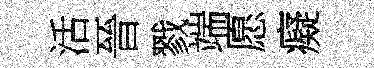
活晉戮端愿癡